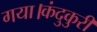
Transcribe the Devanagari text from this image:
गया।कंदुकुरी